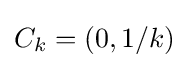
C_{k}=(0,1/k)